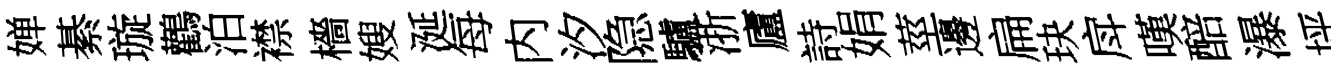
婵綦璇鸛泊襟檣嫂涎每内汐隐驢浙廬詩娟莖邊扁玦戽嘆醅瀑坪